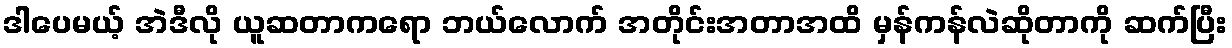
ဒါပေမယ့် အဲဒီလို ယူဆတာကရော ဘယ်လောက် အတိုင်းအတာအထိ မှန်ကန်လဲဆိုတာကို ဆက်ပြီး